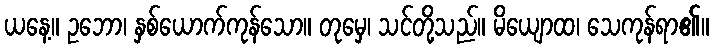
ယနေ့။ ဥဘော၊ နှစ်ယောက်ကုန်သော။ တုမှေ၊ သင်တို့သည်။ မိယျောထ၊ သေကုန်ရာ၏။